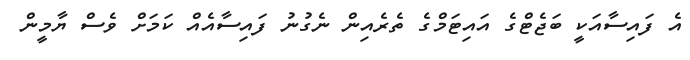
އެ ފައިސާއަކީ ބަޖެޓްގެ އައިޓަމްގެ ތެރެއިން ނެގުނު ފައިސާއެއް ކަމަށް ވެސް ޔާމީން